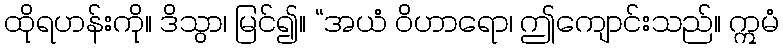
ထိုရဟန်းကို။ ဒိသွာ၊ မြင်၍။ “အယံ ဝိဟာရော၊ ဤကျောင်းသည်။ ဣမံ